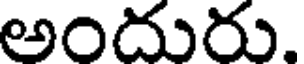
అందురు.